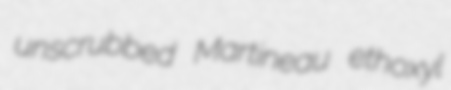
unscrubbed Martineau ethoxyl